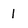
Character: 1